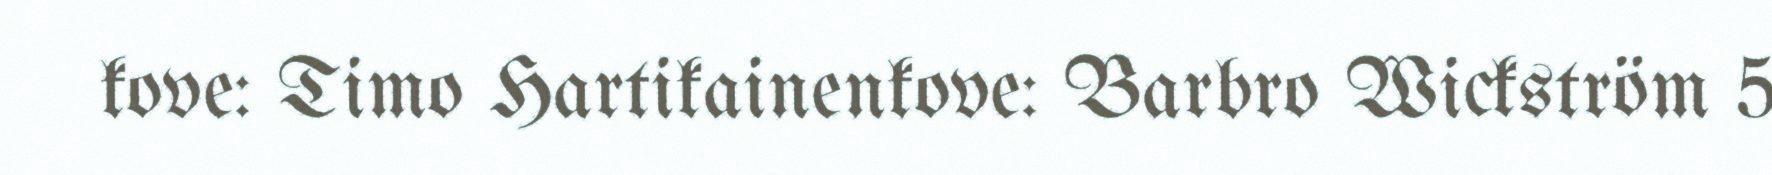
kove: Timo Hartikainenkove: Barbro Wickström 5